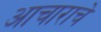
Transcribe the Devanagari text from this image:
आचाराचे